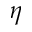
\eta